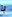
با